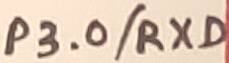
Text: P3.0/RXD